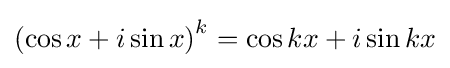
\left(\cos x+i\sin x\right)^{k}=\cos kx+i\sin kx